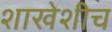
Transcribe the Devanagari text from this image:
शाखेशीच